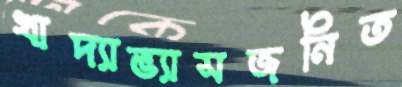
খাদ্যাভ্যাসজনিত